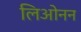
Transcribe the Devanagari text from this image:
लिओनन